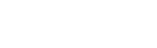
အလုပ်ဝင်ရမည်။